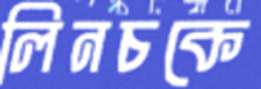
লিনচকে